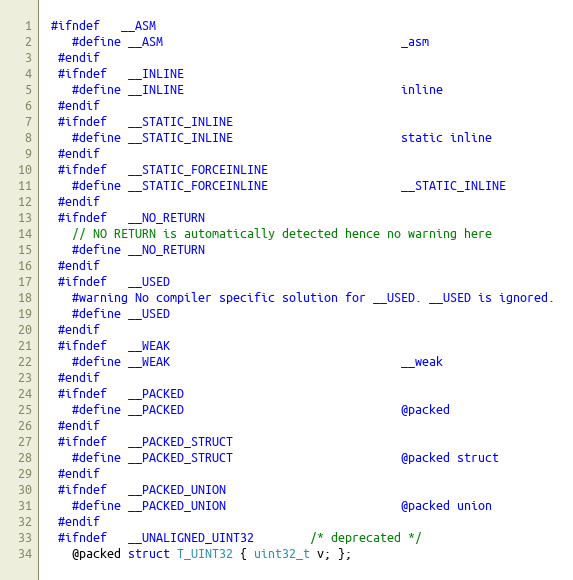
Language: C
 #ifndef   __ASM
    #define __ASM                                  _asm
  #endif
  #ifndef   __INLINE
    #define __INLINE                               inline
  #endif
  #ifndef   __STATIC_INLINE
    #define __STATIC_INLINE                        static inline
  #endif
  #ifndef   __STATIC_FORCEINLINE
    #define __STATIC_FORCEINLINE                   __STATIC_INLINE
  #endif
  #ifndef   __NO_RETURN
    // NO RETURN is automatically detected hence no warning here
    #define __NO_RETURN
  #endif
  #ifndef   __USED
    #warning No compiler specific solution for __USED. __USED is ignored.
    #define __USED
  #endif
  #ifndef   __WEAK
    #define __WEAK                                 __weak
  #endif
  #ifndef   __PACKED
    #define __PACKED                               @packed
  #endif
  #ifndef   __PACKED_STRUCT
    #define __PACKED_STRUCT                        @packed struct
  #endif
  #ifndef   __PACKED_UNION
    #define __PACKED_UNION                         @packed union
  #endif
  #ifndef   __UNALIGNED_UINT32        /* deprecated */
    @packed struct T_UINT32 { uint32_t v; };